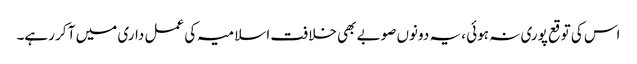
اس کی توقع پوری نہ ہوئی ، یہ دونوں صوبے بھی خلافت اسلامیہ کی عمل داری میں آ کر رہے۔